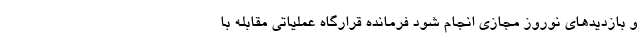
و بازدیدهای نوروز مجازی انجام شود فرمانده قرارگاه عملیاتی مقابله با